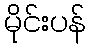
မိုင်းပန်